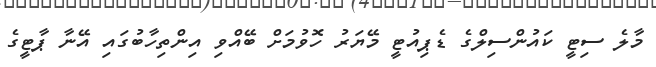
މާލެ ސިޓީ ކައުންސިލްގެ ޑެޕިއުޓީ މޭޔަރު ހޮވުމަށް ބޭއްވި އިންތިހާބުގައި އޭނާ ޕާޓީގެ